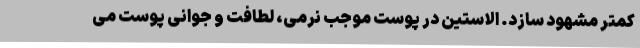
کمتر مشهود سازد. الاستین در پوست موجب نرمی، لطافت و جوانی پوست می